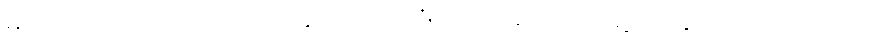
မင်းသားကလေး အင်ဒရေနှင့် ပီယာတို့လည်း ဆင်ဝင်ရှေ့သို့ ထွက်လာကြသည်။